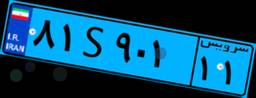
۰۲S۳۴۴۵۴